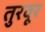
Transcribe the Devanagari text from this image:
तुरवूर